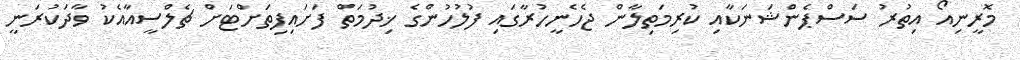
މޮރީނިއޯ އިތުރު ސަސްޕެންޝަނަކާއި ކުރިމަތިލާން ޖެހެނީހުރާގައި ފުލުހުންގެ ޚިދުމަތް ފަށައިފިތަށްޓަށް ޗެލްސީއާއެކު ވާދަކުރަނީ